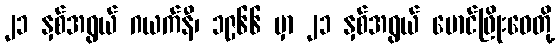
၂၁ နှစ်အရွယ် ဂယက်နီ၊ ၁၉၆၆ မှာ ၂၁ နှစ်အရွယ် မောင်ဖြိုးဝေတို့